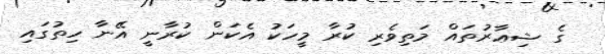
ގެ ޝިޢާރުތައް މަތިވެރި ކުރާ މީހަކު އެކަން ކުރާނީ އޭނާ ހިތުގައި